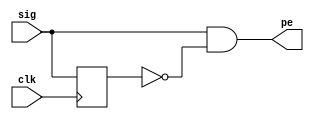
module positive_edge_detector (
    input clk,  // clock
    input sig,  // signal to detect
    output pe   // positive edge (1 for a single clock cycle)
  );

  reg last_sig;

  always @(posedge clk) begin
    last_sig <= sig;
  end
  
  assign pe = sig & ~last_sig;
   
endmodule